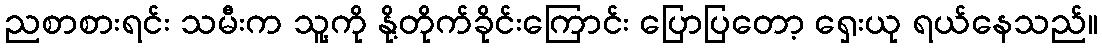
ညစာစားရင်း သမီးက သူ့ကို နို့တိုက်ခိုင်းကြောင်း ပြောပြတော့ ရှေးယု ရယ်နေသည်။